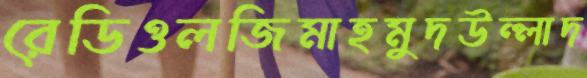
রেডিওলজিমাহমুদউল্লাদ